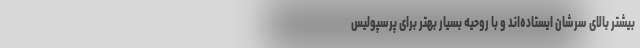
بیشتر بالای سرشان ایستاده‌اند و با روحیه بسیار بهتر برای پرسپولیس